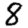
Digit: 8